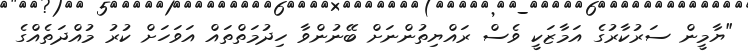
"ޔާމީން ސަރުކާރުގެ އަމާޒަކީ ވެސް ރައްޔިތުންނަށް ބޭނުންވާ ހިދުމަތްތައް އަވަހަށް ކުރު މުއްދަތެއްގެ